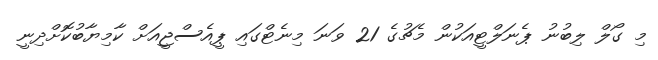
މި ގޯލް ލިބުނު ޕެނަލްޓީއަކުން މެޗުގެ 21 ވަނަ މިނެޓްގައި ޕީއެސްޖީއަށް ކާމިޔާބުކޮށްދިނީ